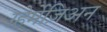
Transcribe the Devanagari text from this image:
ग़्हेर्मेज़िअन